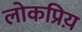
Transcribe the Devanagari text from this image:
लोकप्रिय़